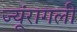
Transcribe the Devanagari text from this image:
ज्यूंरागली